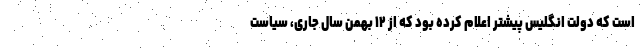
است که دولت انگلیس پیشتر اعلام کرده بود که از ۱۲ بهمن سال جاری، سیاست